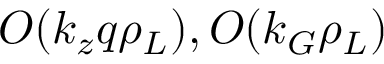
{ \cal O } ( k _ { z } q \rho _ { L } ) , { \cal O } ( k _ { G } \rho _ { L } )